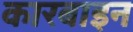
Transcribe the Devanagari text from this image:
कारबाइन